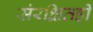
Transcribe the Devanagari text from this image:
संरक्षितही